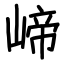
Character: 崹